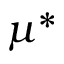
\mu ^ { * }